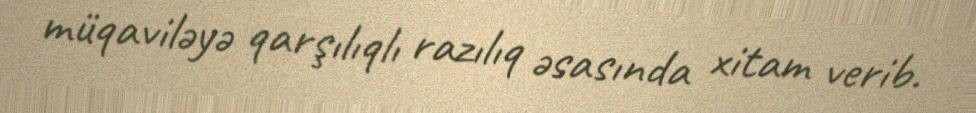
müqaviləyə qarşılıqlı razılıq əsasında xitam verib.